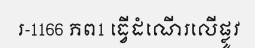
រ-1166 ភព1 ធ្វើដំណើរលើផ្លូវ